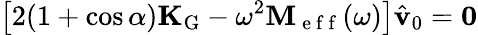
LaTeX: \left[2(1+\cos\alpha)\mathbf{K}_{\mathrm{G}}-\omega^{2}\mathbf{M}_{\mathrm{~e~f~f~}}(\omega)\right]\hat{\mathbf{v}}_{0}=\mathbf{0}